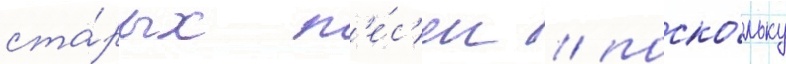
ста́рых п'е́с'ен / поско́льку